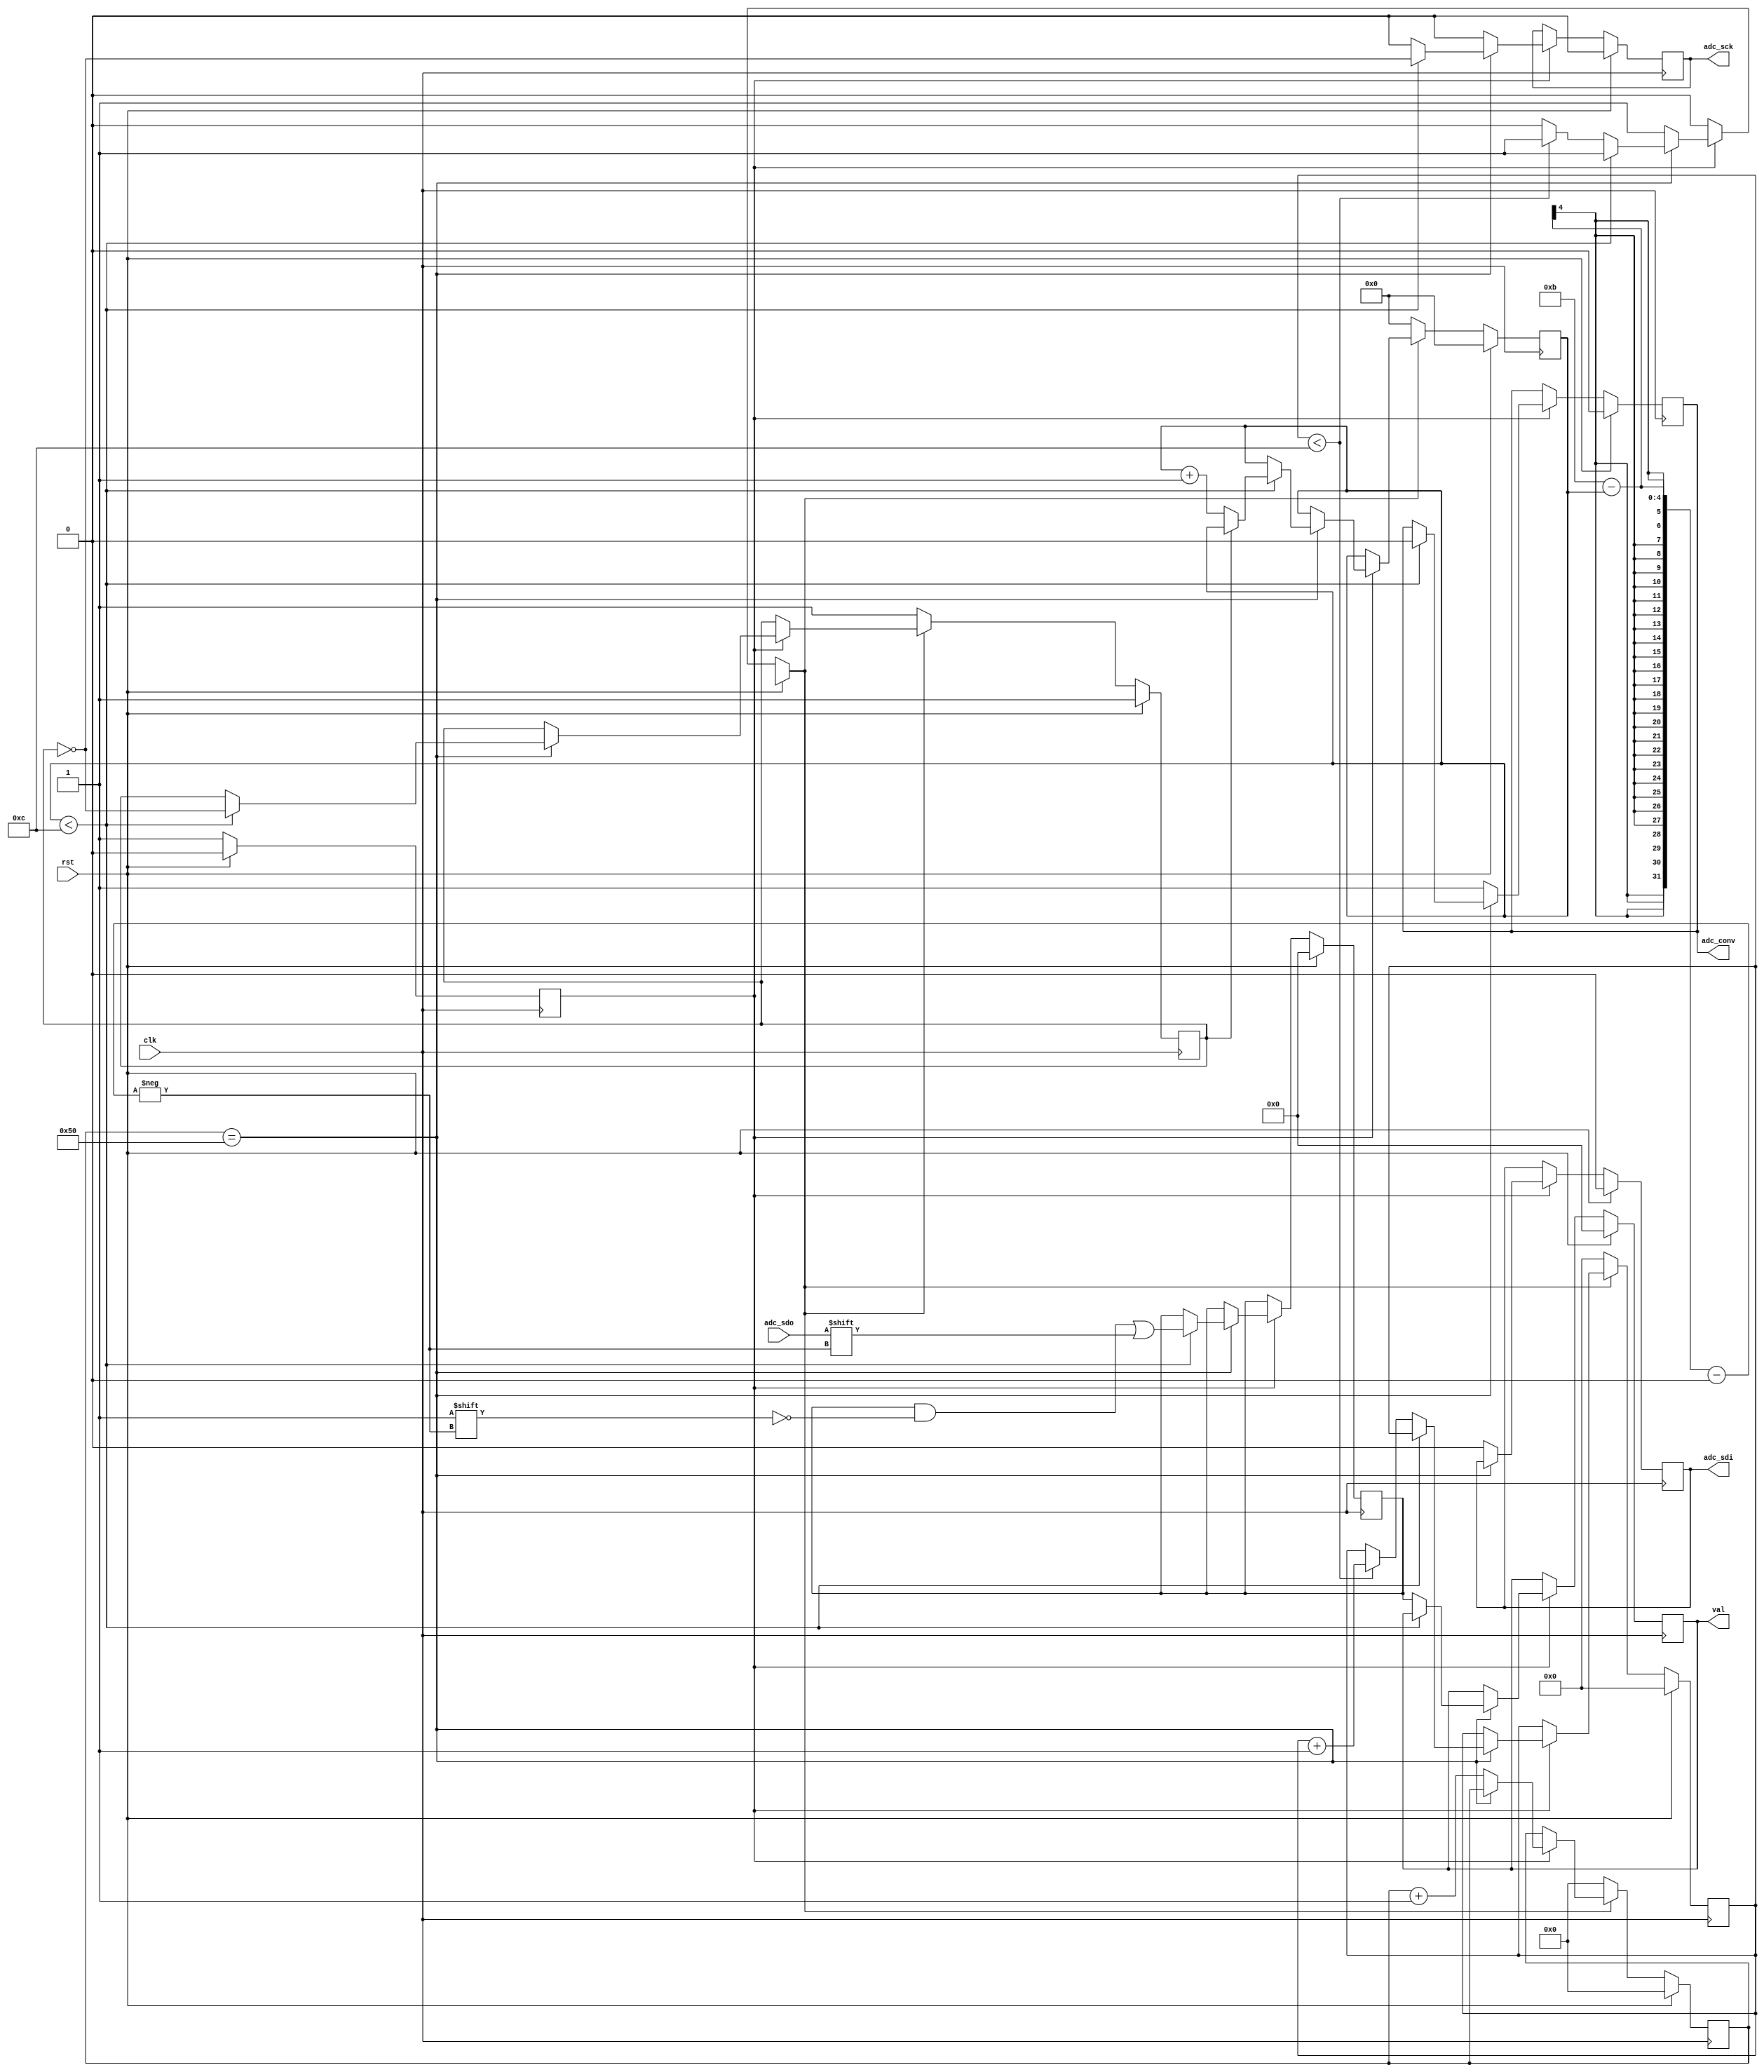
module adc_controller(
  input  clk,
  input  rst,

  output adc_conv,
  output adc_sck,
  output adc_sdi,
  input  adc_sdo,

  output [11:0] val
);

/*
 *                __________________________________________________                                                            ________________
 * ADC_CONV:  ___/<- 1.6us, 80 clks at 50MHz ->|<- nap/sleep time ->\__________________________________________________________/
 *                                  20ns/tick      however long?                                                               |
 *                                                                                                                             |
 *                                                                     _   _   _   _   _   _   _   _   _   _   _   _           |
 *  ADC_SCK: _________________________________________________________/ \_/ \_/ \_/ \_/ \_/ \_/ \_/ \_/ \_/ \_/ \_/ \__________|________________
 *                                                                    1   2   3   4   5   6   7   8   9   10  11  12,  12 clocks at max 40MHz
 *                                                                                            |----------T_ACQ, min 240ns------|
 *                                                                   ___ ___ ___ ___ ___ ___                                   |
 *  ADC_SDI: _______________________________________________________/___X___X___X___X___X___\__________________________________|________________
 *                                                                  S/D O/S S1  S0  UNI SLP                                    |
 *                                                                   ___ ___ ___ ___ ___ ___ ___ ___ ___ ___ ___ ___           |
 *  ADC_SD0: ---(HIGH Z)--------------------------------------------X___X___X___X___X___X___X___X___X___X___X___X___\__________|----------------
 *                                                                  B11 B10 B9  B8  B7  B6  B5  B4  B3  B2  B1  B0
 *
 *
 */

reg r_conv;
reg r_sck;
reg r_sdi;

reg enabled;             /*whether the whole controller system is active*/
reg [6:0] conv_counter;  /*responsible for keeping CONV high for 1.6us*/
reg [3:0] sck_count;     /*the current clock number, 0-11*/
reg sck_state;           /*0-1, represeting the above states*/

reg [4:0] t_aco_count;   /*counting from the 7th clk for 240ns, 12 cycles*/

reg [11:0] val_temp;     /*for recording the values of sdo*/
reg [11:0] r_val;        /*holds the final sdo value transmitted*/

always @(posedge(clk))
begin
  if(rst)
  begin
    r_conv = 0;
    r_sck  = 0;
    r_sdi  = 0;

    enabled = 0;
    conv_counter = 0;
    sck_count = 0;
    sck_state = 1;
    t_aco_count = 0;

    val_temp = 0;
    r_val = 0;
  end
  else
  begin

    if(enabled)
    begin

      /*conv completed*/
      if(conv_counter == 80)
      begin

        if(sck_count < 12)
        begin
          /*toggle conv state*/
          sck_state = !sck_state;

          /*recording sdo*/
          val_temp[11-sck_count] = adc_sdo;

          /*setting output state*/
          r_conv = 0;
          r_sck = sck_state;

          /*incrementing the count when sck_state moves to high*/
          if(sck_state)
            sck_count = sck_count + 1'b1;
        end

        /*after the clocks*/
        else
        begin
          r_sck = 0;

          /*outputting the value retrieved from the adc_sdo serial*/
          r_val[11:0] = val_temp[11:0];

          if(t_aco_count < 12)
          begin
            /*incrementing count*/
            t_aco_count = t_aco_count + 1'b1;
          end

          /*clean up at final point*/
          else
          begin
            enabled = 0;
          end
        end
      end

      /*waiting for CONV time*/
      else
      begin
        conv_counter = conv_counter + 1'b1;

        /*output state*/
        r_conv = 1;
        r_sck  = 0;
        r_sdi  = 0;
      end
    end

    /*setup for a new run*/
    if(!enabled)
    begin
      conv_counter = 0;
      enabled = 1;
      t_aco_count = 0;
      sck_count = 0;
      sck_state = 1;
    end
  end
end

assign adc_conv = r_conv;
assign adc_sck  = r_sck;
assign adc_sdi  = r_sdi;

assign val = r_val;

endmodule